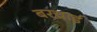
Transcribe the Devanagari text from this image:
बरचाई